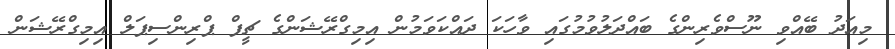
މިއަދު ބޭއްވި ނޫސްވެރިންގެ ބައްދަލުވުމުގައި ވާހަކަ ދައްކަވަމުން އިމިގްރޭޝަންގެ ޗީފް ޕްރިންސިޕަލް އިމިގްރޭޝަން